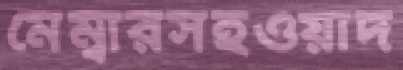
মেম্বারসহওয়াদ